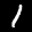
Label: 1